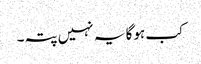
کب ہوگا یہ نہیں پتہ۔